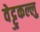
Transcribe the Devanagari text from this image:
वेट्टुकल्लु